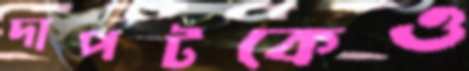
দাপটকেও